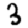
Digit: 3